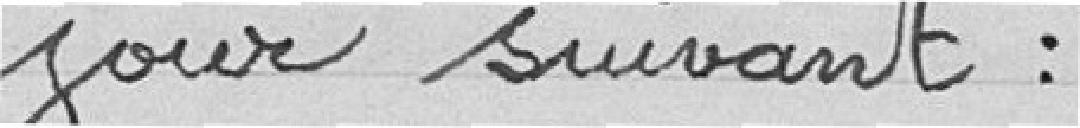
jour suivant :